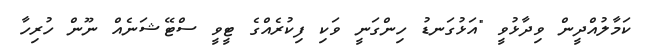
ކަމާލުއްދީން ވިދާޅުވީ "އަޅުގަނޑު ހިންގަނީ ވަކި ފިކުރެއްގެ ޓީވީ ސްޓޭޝަނެއް ނޫން ހުރިހާ